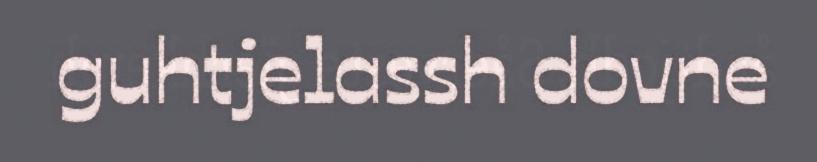
guhtjelassh dovne